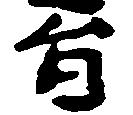
旨